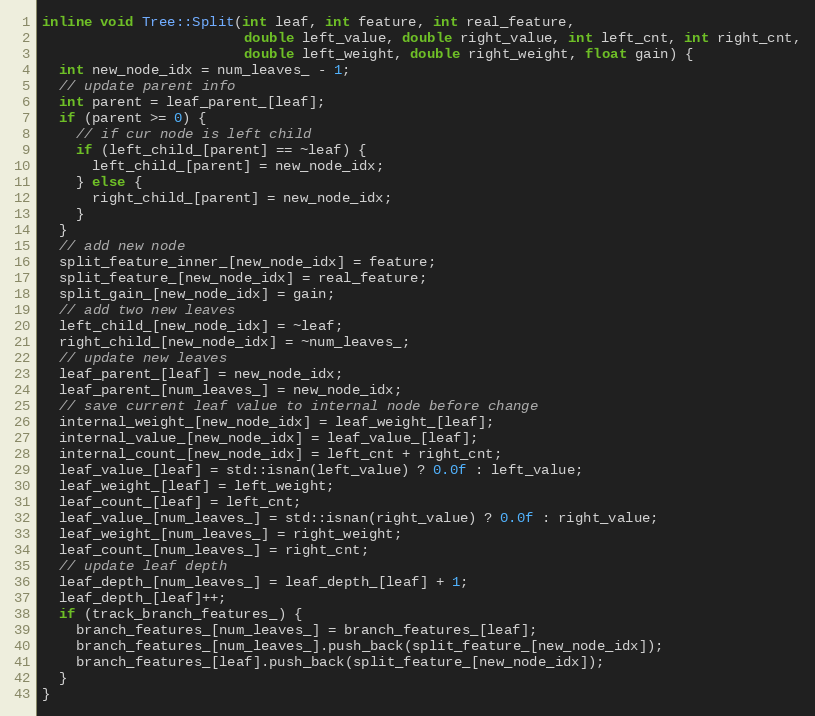
Language: C
inline void Tree::Split(int leaf, int feature, int real_feature,
                        double left_value, double right_value, int left_cnt, int right_cnt,
                        double left_weight, double right_weight, float gain) {
  int new_node_idx = num_leaves_ - 1;
  // update parent info
  int parent = leaf_parent_[leaf];
  if (parent >= 0) {
    // if cur node is left child
    if (left_child_[parent] == ~leaf) {
      left_child_[parent] = new_node_idx;
    } else {
      right_child_[parent] = new_node_idx;
    }
  }
  // add new node
  split_feature_inner_[new_node_idx] = feature;
  split_feature_[new_node_idx] = real_feature;
  split_gain_[new_node_idx] = gain;
  // add two new leaves
  left_child_[new_node_idx] = ~leaf;
  right_child_[new_node_idx] = ~num_leaves_;
  // update new leaves
  leaf_parent_[leaf] = new_node_idx;
  leaf_parent_[num_leaves_] = new_node_idx;
  // save current leaf value to internal node before change
  internal_weight_[new_node_idx] = leaf_weight_[leaf];
  internal_value_[new_node_idx] = leaf_value_[leaf];
  internal_count_[new_node_idx] = left_cnt + right_cnt;
  leaf_value_[leaf] = std::isnan(left_value) ? 0.0f : left_value;
  leaf_weight_[leaf] = left_weight;
  leaf_count_[leaf] = left_cnt;
  leaf_value_[num_leaves_] = std::isnan(right_value) ? 0.0f : right_value;
  leaf_weight_[num_leaves_] = right_weight;
  leaf_count_[num_leaves_] = right_cnt;
  // update leaf depth
  leaf_depth_[num_leaves_] = leaf_depth_[leaf] + 1;
  leaf_depth_[leaf]++;
  if (track_branch_features_) {
    branch_features_[num_leaves_] = branch_features_[leaf];
    branch_features_[num_leaves_].push_back(split_feature_[new_node_idx]);
    branch_features_[leaf].push_back(split_feature_[new_node_idx]);
  }
}